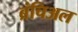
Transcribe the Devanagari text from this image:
ब्रंचिअल